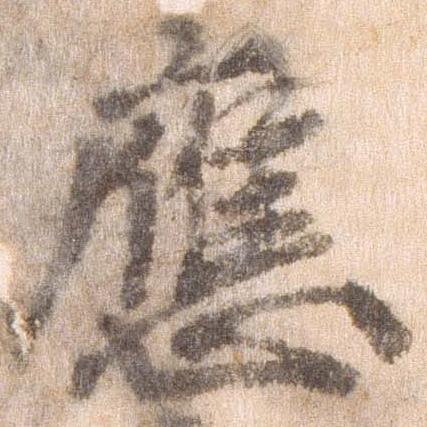
応